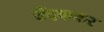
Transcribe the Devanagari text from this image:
रौंदवाकर